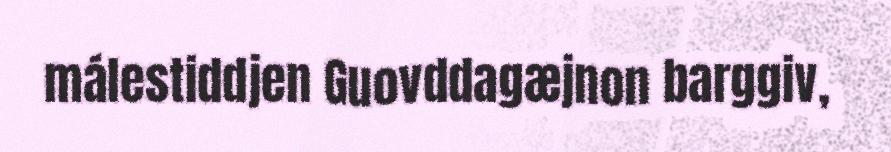
málestiddjen Guovddagæjnon barggiv,